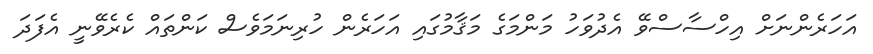
އަހަރެންނަށް އިހްސާސްވޭ އެދުވަހު މަންމަގެ މަޤާމުގައި އަހަރެން ހުރިނަމަވެސް ކަންތައް ކެރެވޭނީ އެފަދަ